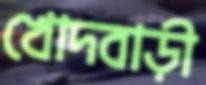
খোদবাড়ী